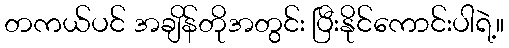
တကယ်ပင် အချိန်တိုအတွင်း ပြီးနိုင်ကောင်းပါရဲ့။